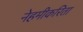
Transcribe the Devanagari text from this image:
नेहमीकरिता